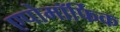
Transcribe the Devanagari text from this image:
एपोमॉर्फिक